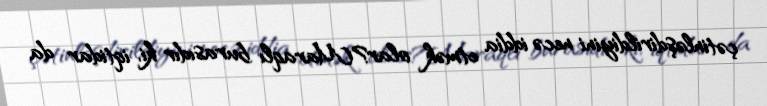
çətinləşdirildiyini necə iddia etmək olar?Maraqlı burasıdır ki, iqtidar da